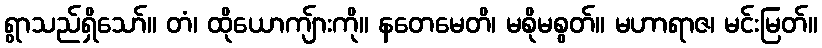
ရွာသည်ရှိသော်။ တံ၊ ထိုယောကျ်ားကို။ နတေမေတိ၊ မစိုမစွတ်။ မဟာရာဇ၊ မင်းမြတ်။